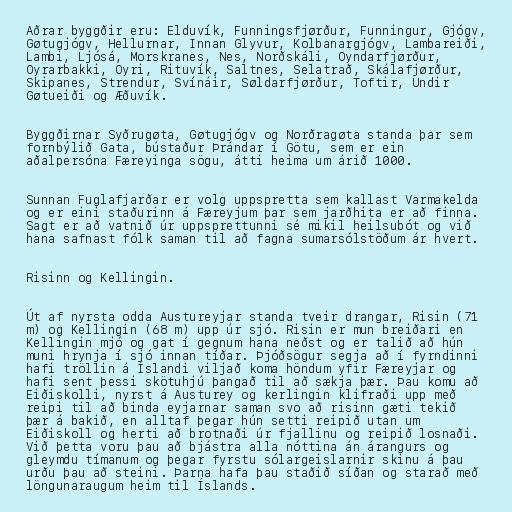
Aðrar byggðir eru: Elduvík, Funningsfjørður, Funningur, Gjógv,
Gøtugjógv, Hellurnar, Innan Glyvur, Kolbanargjógv, Lambareiði,
Lambi, Ljósá, Morskranes, Nes, Norðskáli, Oyndarfjørður,
Oyrarbakki, Oyri, Rituvík, Saltnes, Selatrað, Skálafjørður,
Skipanes, Strendur, Svínáir, Søldarfjørður, Toftir, Undir
Gøtueiði og Æðuvík.

Byggðirnar Syðrugøta, Gøtugjógv og Norðragøta standa þar sem
fornbýlið Gata, bústaður Þrándar í Götu, sem er ein
aðalpersóna Færeyinga sögu, átti heima um árið 1000.

Sunnan Fuglafjarðar er volg uppspretta sem kallast Varmakelda
og er eini staðurinn á Færeyjum þar sem jarðhita er að finna.
Sagt er að vatnið úr uppsprettunni sé mikil heilsubót og við
hana safnast fólk saman til að fagna sumarsólstöðum ár hvert.

Risinn og Kellingin.

Út af nyrsta odda Austureyjar standa tveir drangar, Risin (71
m) og Kellingin (68 m) upp úr sjó. Risin er mun breiðari en
Kellingin mjó og gat í gegnum hana neðst og er talið að hún
muni hrynja í sjó innan tíðar. Þjóðsögur segja að í fyrndinni
hafi tröllin á Íslandi viljað koma höndum yfir Færeyjar og
hafi sent þessi skötuhjú þangað til að sækja þær. Þau komu að
Eiðiskolli, nyrst á Austurey og kerlingin klifraði upp með
reipi til að binda eyjarnar saman svo að risinn gæti tekið
þær á bakið, en alltaf þegar hún setti reipið utan um
Eiðiskoll og herti að brotnaði úr fjallinu og reipið losnaði.
Við þetta voru þau að bjástra alla nóttina án árangurs og
gleymdu tímanum og þegar fyrstu sólargeislarnir skinu á þau
urðu þau að steini. Þarna hafa þau staðið síðan og starað með
löngunaraugum heim til Íslands.